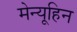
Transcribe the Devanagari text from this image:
मेन्यूहिन